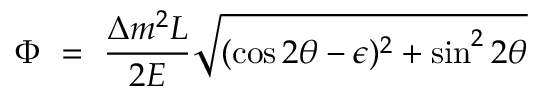
\Phi \ = \ \frac { \Delta m ^ { 2 } L } { 2 E } \sqrt { ( \cos 2 \theta - \epsilon ) ^ { 2 } + \sin ^ { 2 } 2 \theta }